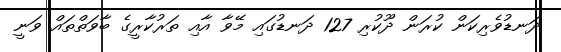
ދަނޑުވެރިކަން ކުރަން ދޫކުރި 127 ދަނޑުގައި މޭވާ އާއި ތަރުކާރީގެ ބާވަތްތައް ވަނީ